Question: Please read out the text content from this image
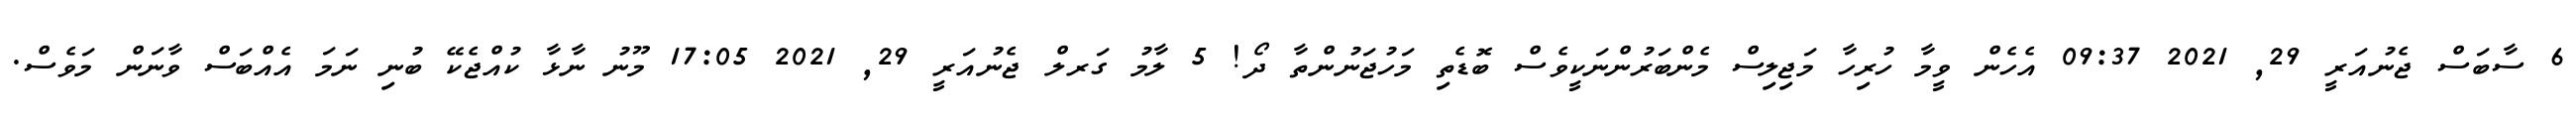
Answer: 6 ސާބަސް ޖެނުއަރީ 29, 2021 09:37 އެހެން ވީމާ ހުރިހާ މަޖިލިސް މެންބަރުންނަކީވެސް ބޮޑެތި މަހުޖަނުންތާ ދޯ! 5 ލާމު ގަރލް ޖެނުއަރީ 29, 2021 17:05 މޫނު ނާޅާ ކުއްޖެކޭ ބުނި ނަމަ އެއްބަސް ވާނަން މަވެސް.